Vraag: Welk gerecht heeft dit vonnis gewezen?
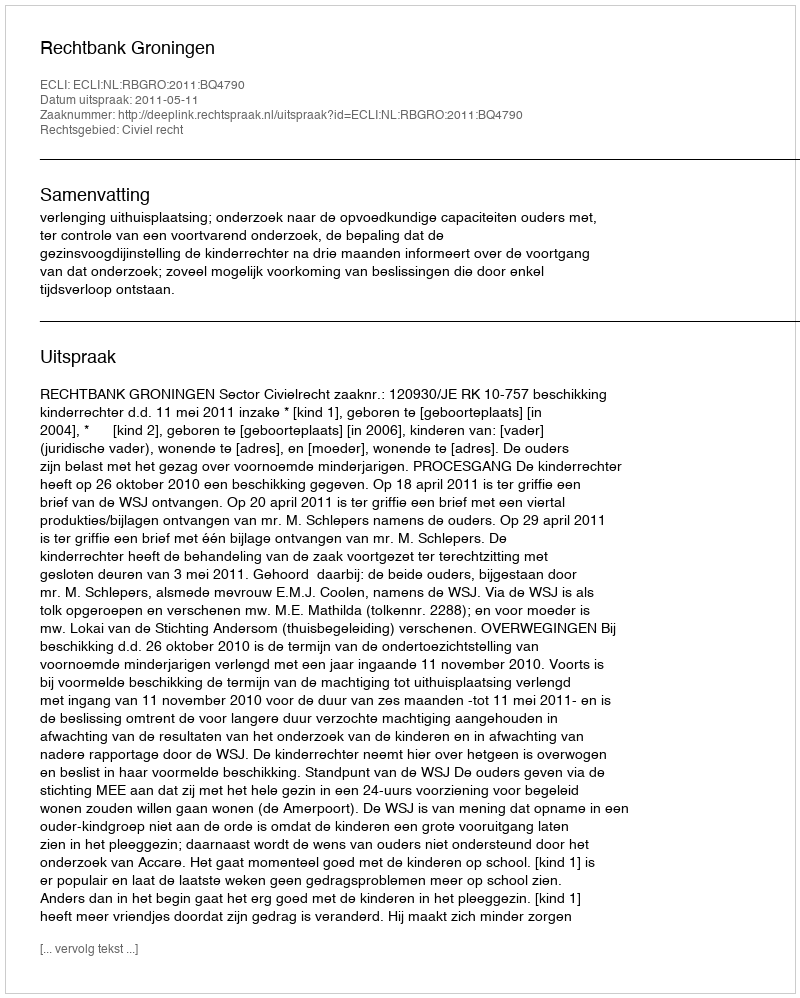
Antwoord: Rechtbank Groningen